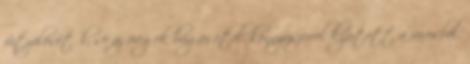
fütyölésétől, se az öregek búgásától, könnyüszerrel kijutott a városból.